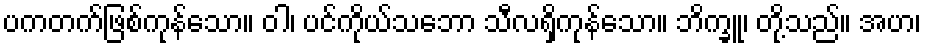
ပကတက်ဖြစ်ကုန်သော။ ဝါ၊ ပင်ကိုယ်သဘော သီလရှိကုန်သော။ ဘိက္ခူ၊ တို့သည်။ အဟ၊